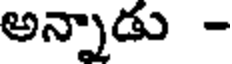
అన్నాడు -